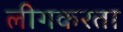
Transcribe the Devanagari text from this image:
लीगकरता